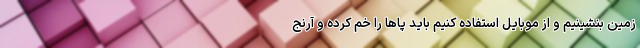
زمین بنشینیم و از موبایل استفاده کنیم باید پاها را خم کرده و آرنج